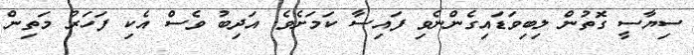
ސިޔާސީ ގޮތުން ލިބިވަޑައިގެންނެވި ފައިސާ ކަމަށެވެ. އަދިބު ވެސް އެކި ފަހަރު މަތިން